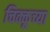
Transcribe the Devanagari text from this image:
चिक्कूच्या